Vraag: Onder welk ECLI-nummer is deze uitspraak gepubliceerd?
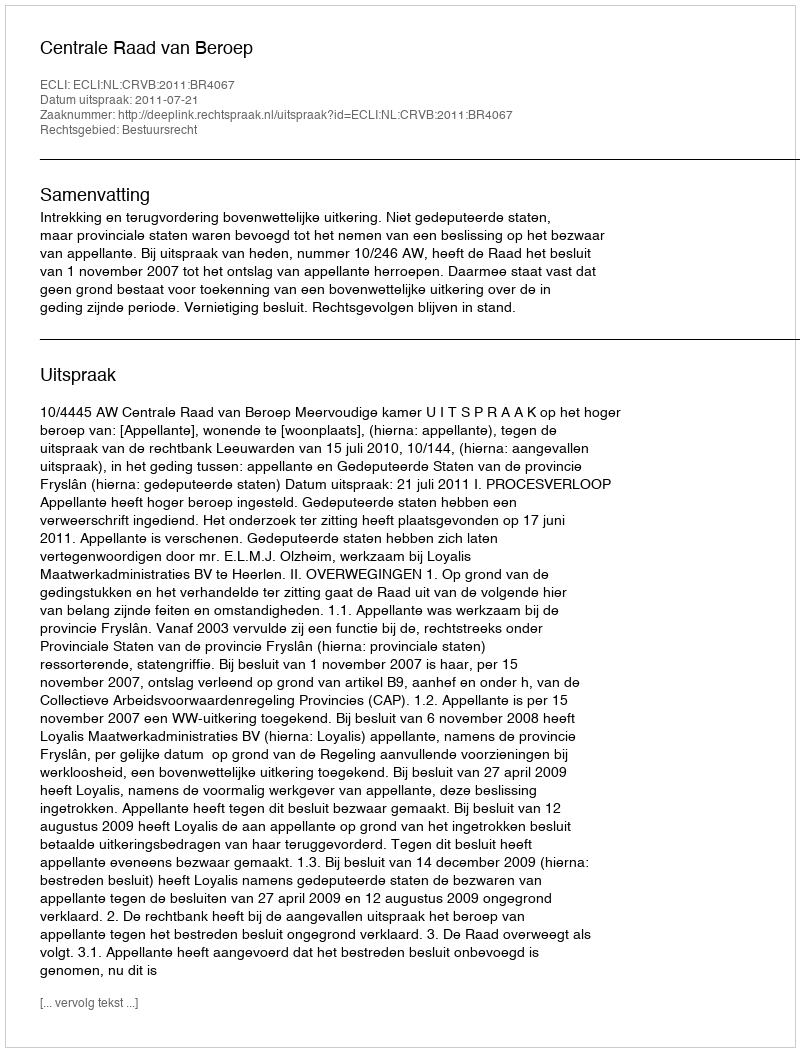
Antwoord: ECLI:NL:CRVB:2011:BR4067